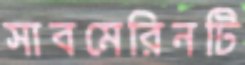
সাবমেরিনটি